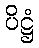
ပိဋ္ဌံ